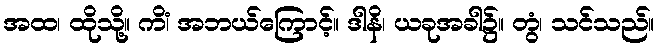
အထ၊ ထိုသို့။ ကိံ၊ အဘယ်ကြောင့်။ ဒါနိ၊ ယခုအခါ၌။ တွံ၊ သင်သည်။